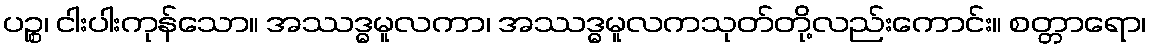
ပဉ္စ၊ ငါးပါးကုန်သော။ အဿဒ္ဓမူလကာ၊ အဿဒ္ဓမူလကသုတ်တို့လည်းကောင်း။ စတ္တာရော၊